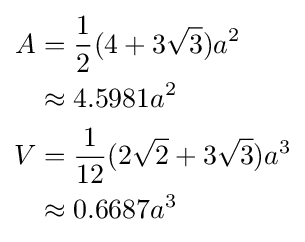
{\begin{aligned}A&={\frac {1}{2}}(4+3{\sqrt {3}})a^{2}\\&\approx 4.5981a^{2}\\V&={\frac {1}{12}}(2{\sqrt {2}}+3{\sqrt {3}})a^{3}\\&\approx 0.6687a^{3}\end{aligned}}